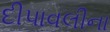
દીપાવલીના